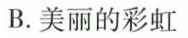
B.美丽的彩虹